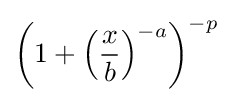
{\left(1+{\left({\frac {x}{b}}\right)}^{-a}\right)}^{-p}